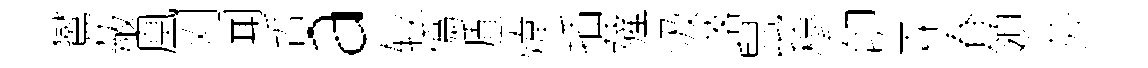
鸑蔽凰刈闻哲a较僞遁煒插薩汲落鼠穆卽霖春領芬